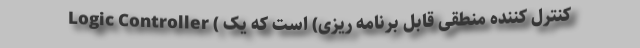
Logic Controller ( کنترل کننده منطقی قابل برنامه ریزی) است که یک